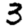
Digit: 3